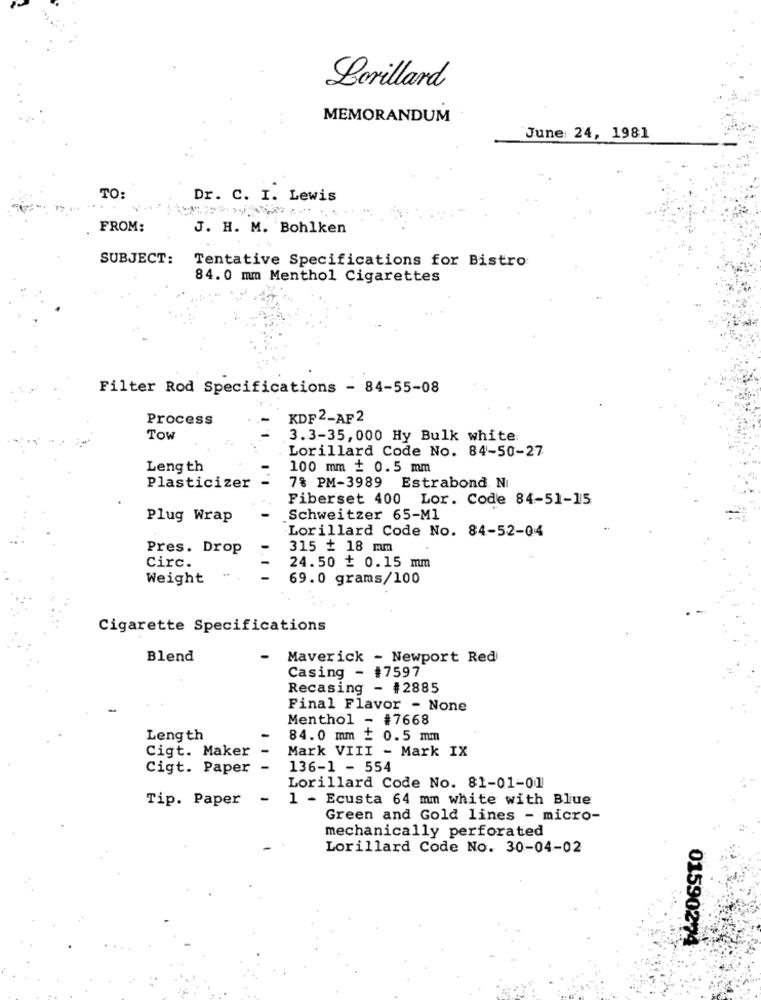
Lorillard
MEMORANDUM
June: 24, 1981
TO:
Dr. C. I. Lewis
FROM:
J. H. M. Bohlken
SUBJECT:
Tentative Specifications for Bistro
84. 0 mm Menthol Cigarettes
Filter Rod Specifications - 84-55-08
Process
KDF 2-AF2
Tow
3.3-35, 000 Hy Bulk white:
Lorillard Code No. 84-50-27
Length
100 mm + 0.5 mm
Plasticizer
7% PM-3989 Estrabond Ni
Fiberset 400 Lor. Code 84-51-15
Plug Wrap
Schweitzer 65-M1
Lorillard Code No. 84-52-04
Pres. Drop
315 + 18 mm
Circ.
24.50 + 0.15 mm
Weight
69.0 grams/100
Cigarette Specifications
Blend
Maverick - Newport Red
Casing - #7597
Recasing - #2885
Final Flavor - None
Menthol - #7668
Length
84.0 mm + 0.5 mm
Cigt. Maker
Mark VIII - Mark IX
Cigt. Paper
-
136-1 - 554
Lorillard Code No. 81-01-01
Tip. Paper
-
1 - Ecusta 64 mm white with Blue
Green and Gold lines - micro-
mechanically perforated
Lorillard Code No. 30-04-02
01590274